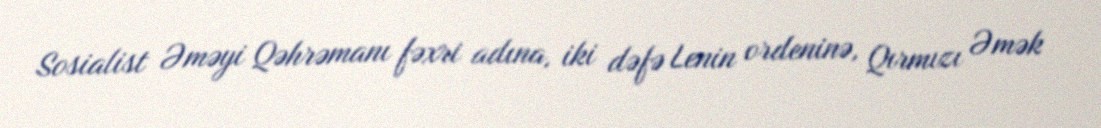
Sosialist Əməyi Qəhrəmanı fəxri adına, iki dəfə Lenin ordeninə, Qırmızı Əmək